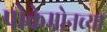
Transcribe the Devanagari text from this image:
पोकेमोनच्या